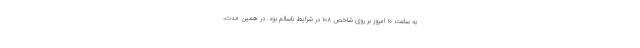
به ساعت ۱۰ امروز بر روی شاخص ۱۰۸ در شرایط ناسالم بود. در همین مدت،